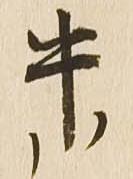
午